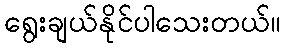
ရွေးချယ်နိုင်ပါသေးတယ်။